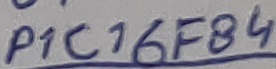
Text: P1C16F84